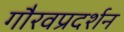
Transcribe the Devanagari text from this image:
गौरवप्रदर्शन